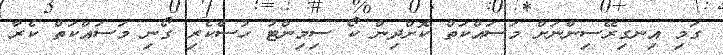
ގަމި އިނގިރޭސިންނަށް މަސައްކަތް ކޮށްދިން ކޯ ސިމިންޓު ހުސްކެރި ގޯނި މަސައްކަތް ކެރާ